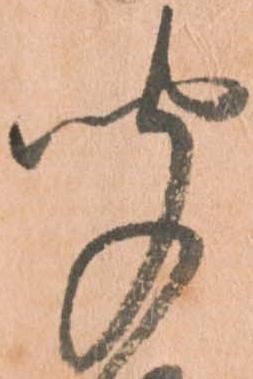
聞